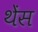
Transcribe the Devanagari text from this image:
थेंस